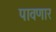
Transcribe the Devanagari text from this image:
पावणार